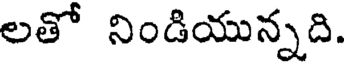
లతో నిండియున్నది.